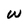
Character: W